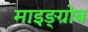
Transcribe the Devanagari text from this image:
माइङ्ग्रोब